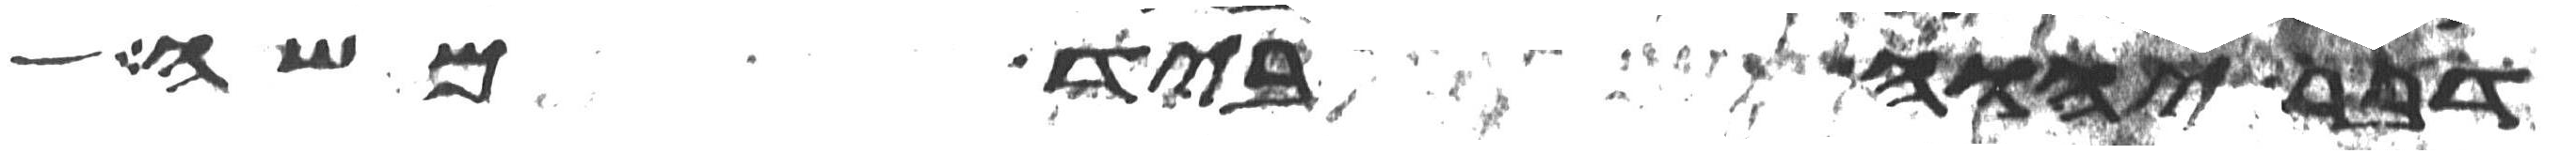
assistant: דבר יהוה ביד משה